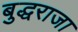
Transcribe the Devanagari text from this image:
बुद्धराजा